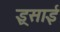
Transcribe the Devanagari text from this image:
इ्र्रसाई